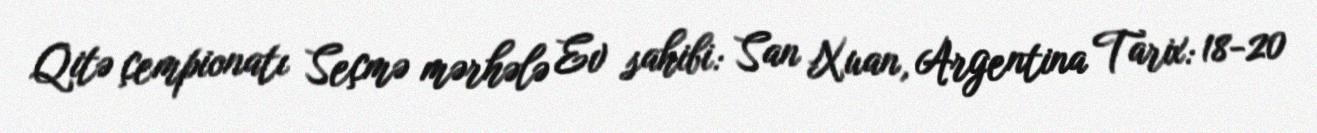
Qitə çempionatı Seçmə mərhələ Ev sahibi: San Xuan, Argentina Tarix: 18-20